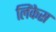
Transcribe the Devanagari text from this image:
लिंकेस